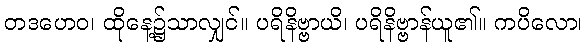
တဒဟေဝ၊ ထိုနေ့၌သာလျှင်။ ပရိနိဗ္ဗာယိ၊ ပရိနိဗ္ဗာန်ယူ၏။ ကပိလော၊